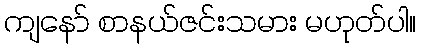
ကျနော် စာနယ်ဇင်းသမား မဟုတ်ပါ။